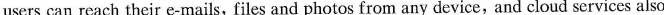
users can reach their e-mails,files and photos from any device and cloud services also